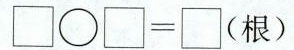
\BoxO\Box=\Box(根)